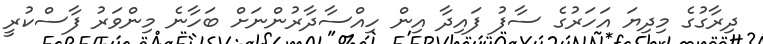
ދިރާގުގެ މިދިޔަ އަހަރުގެ ސާފު ފައިދާ އިން ހިއްސާދާރުންނަށް ބަހާނެ މިންވަރު ފާސްކުރީ